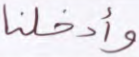
وأدخلنا